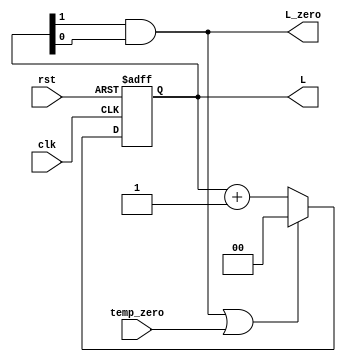
module L_counter_Layer_6 (L,L_zero,clk,rst,temp_zero);
output reg [1:0] L;
output wire L_zero;
input clk,rst,temp_zero;
always @ (posedge clk or negedge rst)
	begin
		if (! rst ) 
			begin L<=0;  end
		//else if (temp_count && !temp_zero);
		else if ((L[1]&&L[0])||temp_zero)
			begin L<=0;   end
		else 
			begin L<=L+2'b01;  end 
	end
assign L_zero=L[1]&&L[0]  ;

endmodule